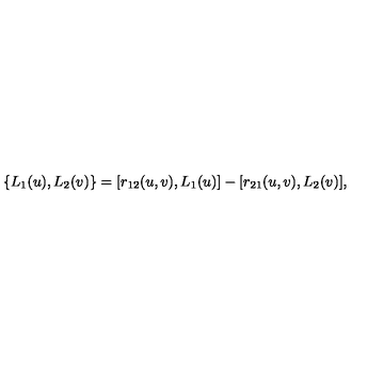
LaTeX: \{ L _ { 1 } ( u ) , L _ { 2 } ( v ) \} = [ r _ { 1 2 } ( u , v ) , L _ { 1 } ( u ) ] - [ r _ { 2 1 } ( u , v ) , L _ { 2 } ( v ) ] ,